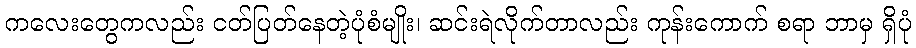
ကလေးတွေကလည်း ငတ်ပြတ်နေတဲ့ပုံစံမျိုး၊ ဆင်းရဲလိုက်တာလည်း ကုန်းကောက် စရာ ဘာမှ ရှိပုံ